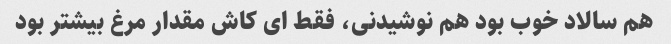
هم سالاد خوب بود هم نوشیدنی، فقط ای کاش مقدار مرغ بیشتر بود